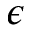
\epsilon